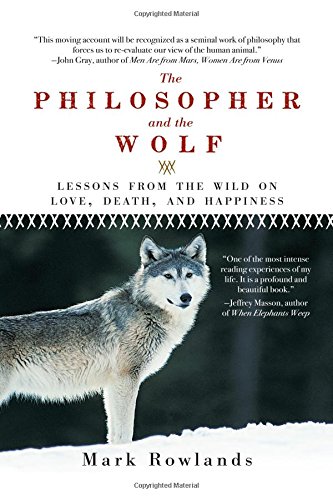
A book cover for The Philosopher and the Wolf: Lessons from the Wild on Love, Death, and Happiness; Mark Rowlands; Crafts, Hobbies & Home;